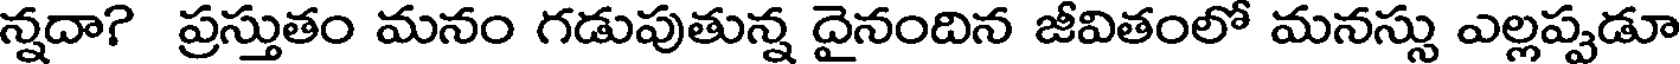
న్నదా? ప్రస్తుతం మనం గడుపుతున్న దైనందిన జీవితంలో మనస్సు ఎల్లప్పడూ